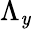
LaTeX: \Lambda_{\mathit{y}}